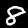
Digit: 8